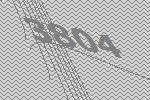
3804